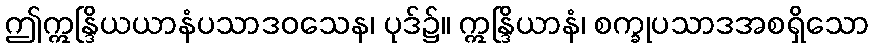
ဤဣန္ဒြိယယာနံပသာဒဝသေန၊ ပုဒ်၌။ ဣန္ဒြိယာနံ၊ စက္ခုပသာဒအစရှိသော